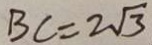
B C = 2 \sqrt { 3 }